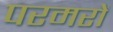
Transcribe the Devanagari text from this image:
परमरों